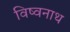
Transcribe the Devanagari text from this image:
विष्वनाथ